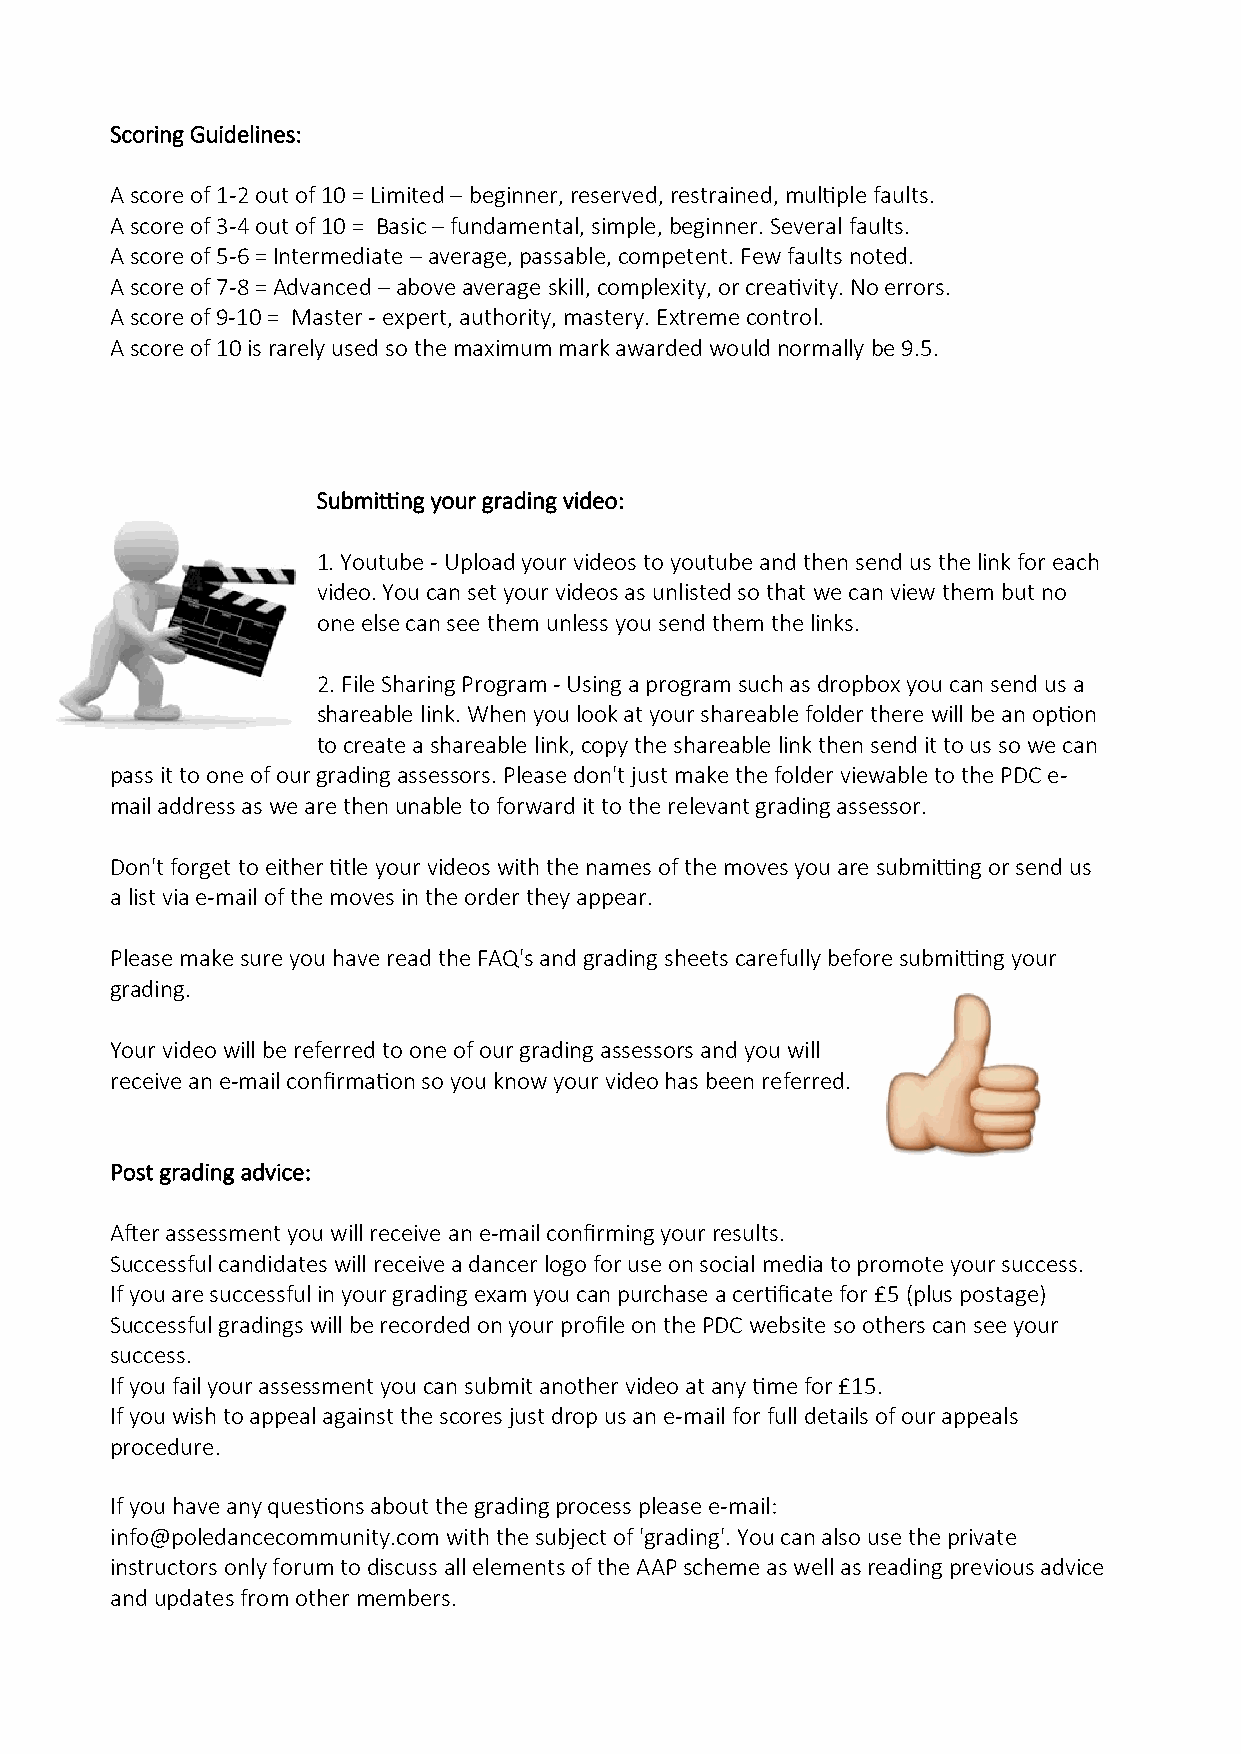
Scoring Guidelines:
 A score of 1-2 out of 10 = Limited – beginner, reserved, restrained, multiple faults.
 A score of 3-4 out of 10 = Basic – fundamental, simple, beginner. Several faults.
 A score of 5-6 = Intermediate – average, passable, competent. Few faults noted.
 A score of 7-8 = Advanced – above average skill, complexity, or creativity. No errors.
 A score of 9-10 = Master - expert, authority, mastery. Extreme control.
 A score of 10 is rarely used so the maximum mark awarded would normally be 9.5.
 Submitting your grading video:
 1. Youtube - Upload your videos to youtube and then send us the link for each
 video. You can set your videos as unlisted so that we can view them but no
 one else can see them unless you send them the links.
 2. File Sharing Program - Using a program such as dropbox you can send us a
 shareable link. When you look at your shareable folder there will be an option
 to create a shareable link, copy the shareable link then send it to us so we can
 pass it to one of our grading assessors. Please don't just make the folder viewable to the PDC e-
 mail address as we are then unable to forward it to the relevant grading assessor.
 Don't forget to either title your videos with the names of the moves you are submitting or send us
 a list via e-mail of the moves in the order they appear.
 Please make sure you have read the FAQ's and grading sheets carefully before submitting your
 grading.
 Your video will be referred to one of our grading assessors and you will
 receive an e-mail confirmation so you know your video has been referred.
 Post grading advice:
 After assessment you will receive an e-mail confirming your results.
 Successful candidates will receive a dancer logo for use on social media to promote your success.
 If you are successful in your grading exam you can purchase a certificate for £5 (plus postage)
 Successful gradings will be recorded on your profile on the PDC website so others can see your
 success.
 If you fail your assessment you can submit another video at any time for £15.
 If you wish to appeal against the scores just drop us an e-mail for full details of our appeals
 procedure.
 If you have any questions about the grading process please e-mail:
 info@poledancecommunity.com with the subject of 'grading'. You can also use the private
 instructors only forum to discuss all elements of the AAP scheme as well as reading previous advice
 and updates from other members.